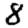
Digit: 8